Indian Civil Veterinary Department memoirs
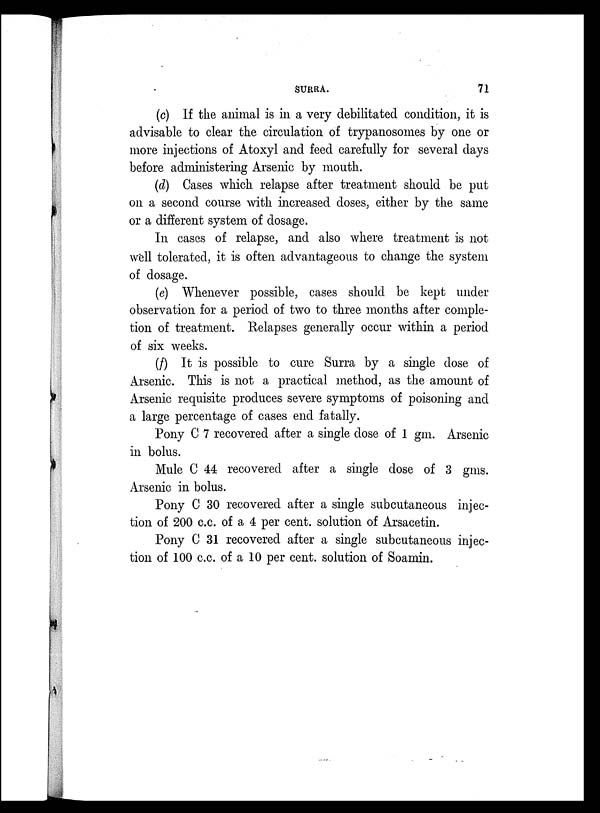
SURRA.
71
(c) If the animal is in a very debilitated condition, it is
advisable to clear the circulation of trypanosomes by one or
more injections of Atoxyl and feed carefully for several days
before administering Arsenic by mouth.
(d) Cases which relapse after treatment should be put
on a second course with increased doses, either by the same
or a different system of dosage.
In cases of relapse, and also where treatment is not
well tolerated, it is often advantageous to change the system
of dosage.
(e) Whenever possible, cases should be kept under
observation for a period of two to three months after comple-
tion of treatment. Relapses generally occur within a period
of six weeks.
(f) It is possible to cure Surra by a single dose of
Arsenic. This is not a practical method, as the amount of
Arsenic requisite produces severe symptoms of poisoning and
a large percentage of cases end fatally.
Pony C 7 recovered after a single dose of 1 gm. Arsenic
in bolus.
Mule C 44 recovered after a single dose of 3 gms.
Arsenic in bolus.
Pony C 30 recovered after a single subcutaneous injec-
tion of 200 c.c. of a 4 per cent. solution of Arsacetin.
Pony C 31 recovered after a single subcutaneous injec-
tion of 100 c.c. of a 10 per cent. solution of Soamin.